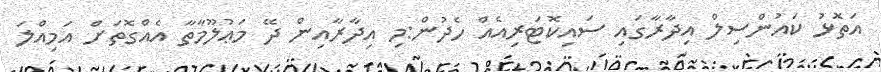
އަތޮޅު ކައުންސިލް އިދާރާގައި ސައިކޮޓަރިއެއް ހެދުން:މި އިދާރާއިން ދޭ މަޢުލޫމާތާ އެއްގޮތަށް އަމިއްލަ